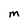
Character: M